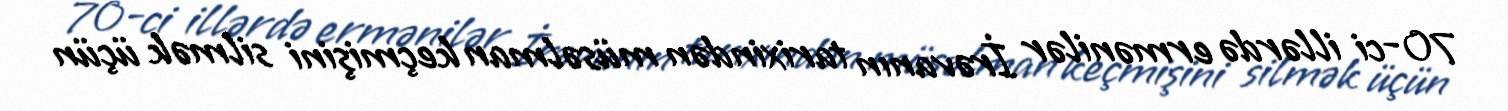
70-ci illərdə ermənilər İrəvanın tarixindən müsəlman keçmişini silmək üçün